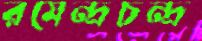
রমেন্দ্রচন্দ্র